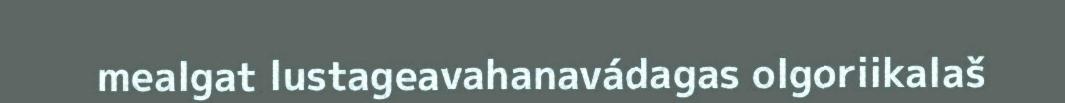
mealgat lustageavahanavádagas olgoriikalaš